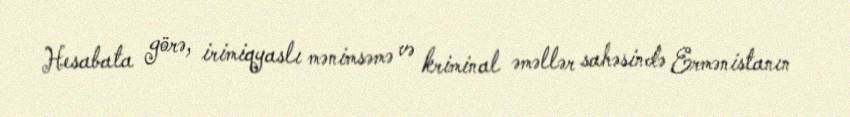
Hesabata görə, irimiqyaslı mənimsəmə və kriminal əməllər sahəsində Ermənistanın